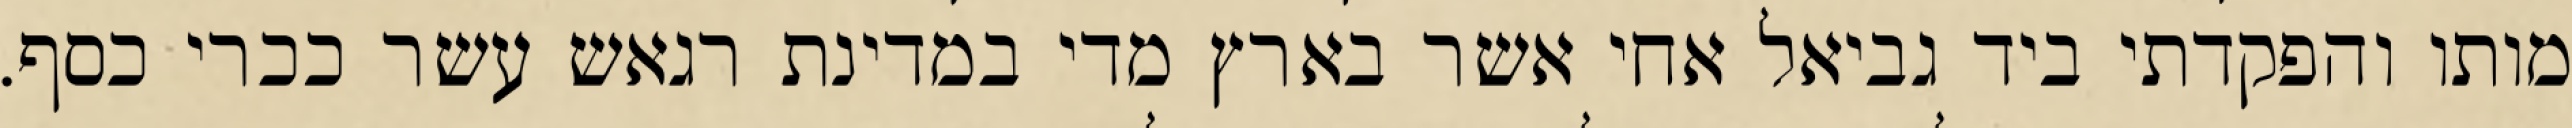
מותו והפקדתי ביד גביאל אחי אשר בארץ מדי במדינת רגאש עשר ככרי כסף.